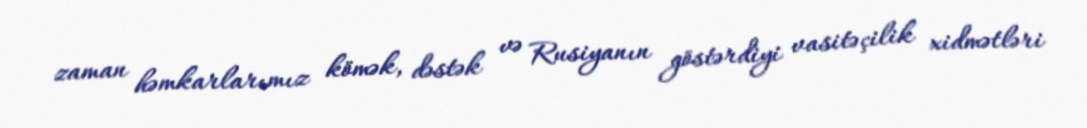
zaman həmkarlarımız kömək, dəstək və Rusiyanın göstərdiyi vasitəçilik xidmətləri